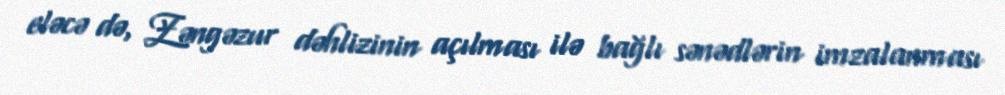
eləcə də, Zəngəzur dəhlizinin açılması ilə bağlı sənədlərin imzalanması